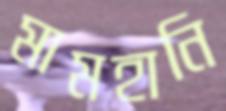
মামহানি